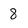
Character: 8